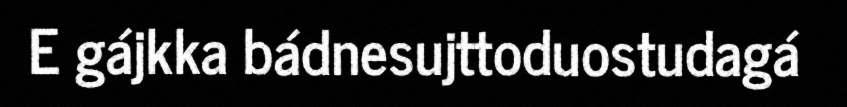
E gájkka bádnesujttoduostudagá